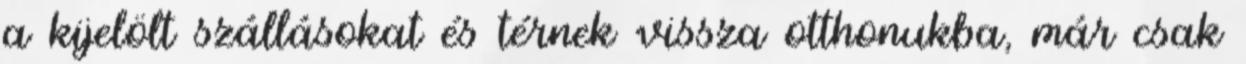
a kijelölt szállásokat és térnek vissza otthonukba, már csak